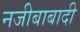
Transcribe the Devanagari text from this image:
नजीबाबादी